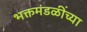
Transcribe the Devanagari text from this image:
भक्तमंडळींच्या